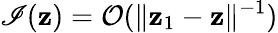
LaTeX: \mathscr{I}(\mathbf{{z}})=\mathcal{{O}}(\| \mathbf{{z}}_{1}-\mathbf{{z}}\| ^{-1})